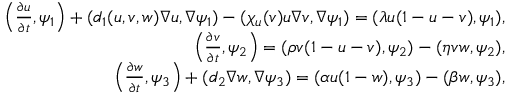
\begin{array} { r l r } & { } & { \left( \frac { \partial u } { \partial t } , \psi _ { 1 } \right) + ( d _ { 1 } ( u , v , w ) \nabla u , \nabla \psi _ { 1 } ) - ( \chi _ { u } ( v ) u \nabla v , \nabla \psi _ { 1 } ) = ( \lambda u ( 1 - u - v ) , \psi _ { 1 } ) , } \\ & { } & { \left( \frac { \partial v } { \partial t } , \psi _ { 2 } \right) = ( \rho v ( 1 - u - v ) , \psi _ { 2 } ) - ( \eta v w , \psi _ { 2 } ) , } \\ & { } & { \left( \frac { \partial w } { \partial t } , \psi _ { 3 } \right) + ( d _ { 2 } \nabla w , \nabla \psi _ { 3 } ) = ( \alpha u ( 1 - w ) , \psi _ { 3 } ) - ( \beta w , \psi _ { 3 } ) , } \end{array}